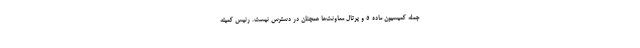
جمله کمیسیون ماده ۵ و پرتال معاونت‌ها همچنان در دسترس نیست. رئیس کمیته